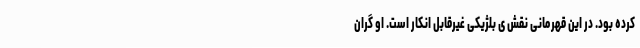
کرده بود. در این قهرمانی نقش ی بلژیکی غیرقابل انکار است. او گران‌